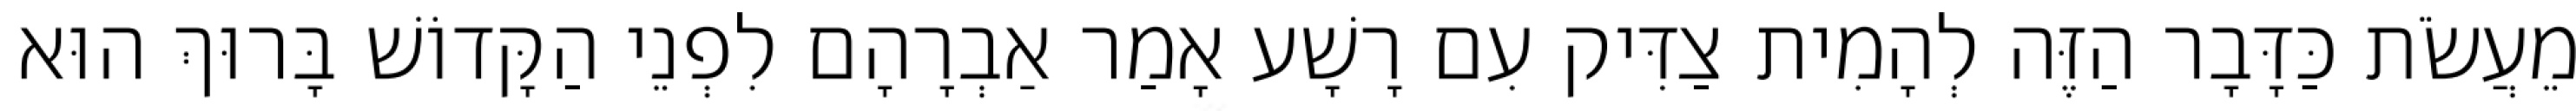
מֵעֲשֹׂת כַּדָּבָר הַזֶּה לְהָמִית צַדִּיק עִם רָשָׁע אָמַר אַבְרָהָם לִפְנֵי הַקָּדוֹשׁ בָּרוּךְ הוּא